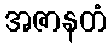
အဇာနတံ